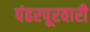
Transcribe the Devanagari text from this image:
पंढरपूरवारी